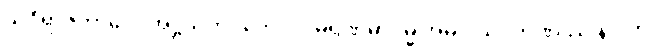
သိဝိရာဇကာလေ အဋ္ဌသတပ္ပဘေဒါပိ မရဏမာဂမ္မ အဓိပ္ပါယဂ္ဂဟဏဿ နဂ္ဂါတိ